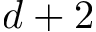
d + 2